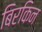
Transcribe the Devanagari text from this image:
बिरकिन